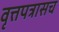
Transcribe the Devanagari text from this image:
वृत्तपत्रासच